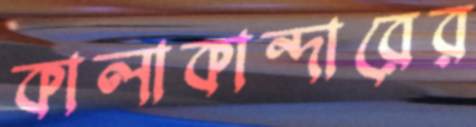
কালাকান্দারের